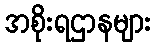
အစိုးရဌာနများ